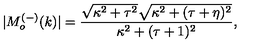
| M _ { o } ^ { ( - ) } ( k ) | = \frac { \sqrt { \kappa ^ { 2 } + \tau ^ { 2 } } \sqrt { \kappa ^ { 2 } + ( \tau + \eta ) ^ { 2 } } } { \kappa ^ { 2 } + ( \tau + 1 ) ^ { 2 } } ,